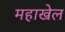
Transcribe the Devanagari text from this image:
महाखेल